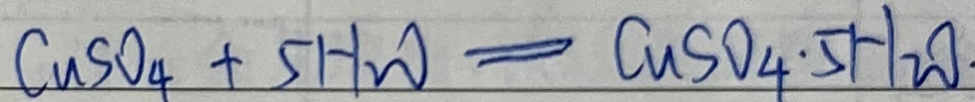
C u S O _ { 4 } + 5 H _ { 2 } O = C u S O _ { 4 } \cdot 5 H _ { 2 } O .